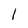
Character: 1